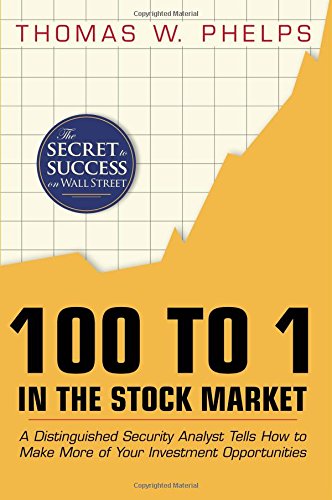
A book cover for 100 to 1 in the Stock Market: A Distinguished Security Analyst Tells How to Make More of Your Investment Opportunities; Thomas William Phelps; Business & Money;